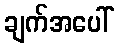
ချက်အပေါ်